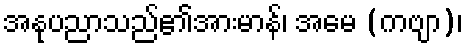
အနုပညာသည်၏အားမာန်၊ အမေ (ကဗျာ)၊